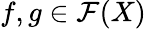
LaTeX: f,g\in{\mathcal{F}}(X)